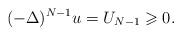
LaTeX: \begin{align*}(-\Delta )^{N-1} u = U_{N-1} \geqslant 0. \end{align*}